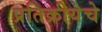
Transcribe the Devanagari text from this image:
प्रतिक्रीयेचे